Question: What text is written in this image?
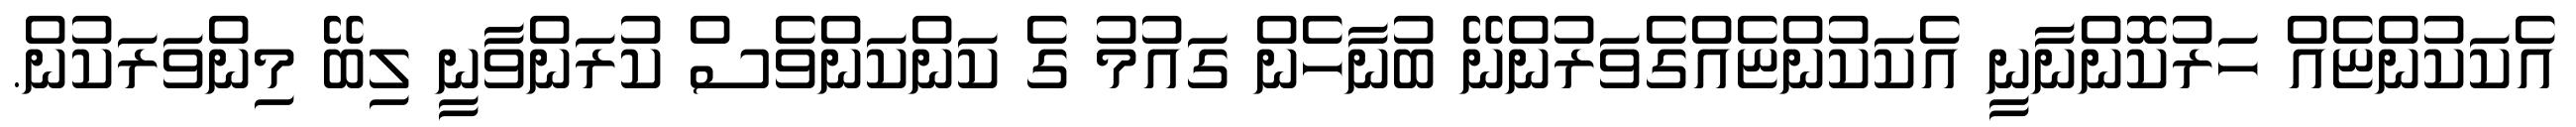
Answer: އެކަކުންޏެއް ހަރުކޮންނާނީ އެކަކުންޏެއްގެވަރުންނޭ ބުނާހެން ގައުމު ގެ ކަންކަންވެސް ކުރަންވާނީ ލިބޭ މިންވަރަކުން.